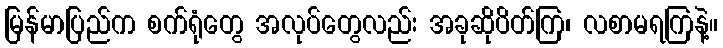
မြန်မာပြည်က စက်ရုံတွေ အလုပ်တွေလည်း အခုဆိုပိတ်ကြ၊ လစာမရကြနဲ့။